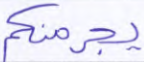
يجرمنكم